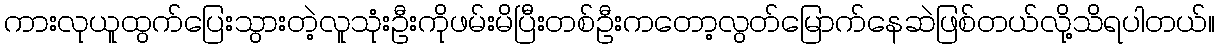
ကားလုယူထွက်ပြေးသွားတဲ့လူသုံးဦးကိုဖမ်းမိပြီးတစ်ဦးကတော့လွတ်မြောက်နေဆဲဖြစ်တယ်လို့သိရပါတယ်။